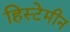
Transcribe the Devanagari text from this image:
हिस्टेमीन